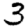
Digit: 3